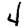
Digit: 4